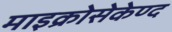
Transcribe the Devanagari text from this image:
माइक्रोसेकेण्द